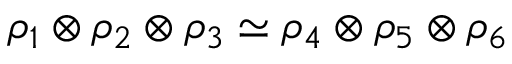
\rho _ { 1 } \otimes \rho _ { 2 } \otimes \rho _ { 3 } \simeq \rho _ { 4 } \otimes \rho _ { 5 } \otimes \rho _ { 6 }